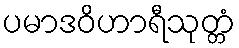
ပမာဒဝိဟာရီသုတ္တံ